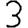
Digit: 3